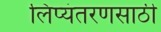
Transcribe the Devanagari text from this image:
लिप्यंतरणसाठी